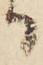
る